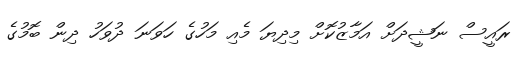
ރައީސް ނަޝީދަށް އަމާޒުކޮށް މިދިޔަ މެއި މަހުގެ ހަވަނަ ދުވަހު ދިން ބޮމުގެ